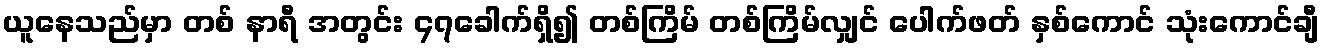
ယူနေသည်မှာ တစ် နာရီ အတွင်း ၄၇ခေါက်ရှိ၍ တစ်ကြိမ် တစ်ကြိမ်လျှင် ပေါက်ဖတ် နှစ်ကောင် သုံးကောင်ချီ